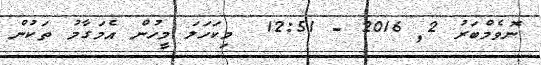
ނޮވެމްބަރު 2